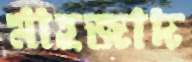
মাহজাদ